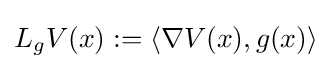
L_{g}V(x):=\langle \nabla V(x),g(x)\rangle